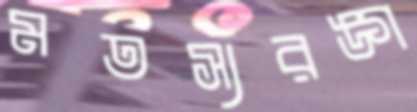
মতস্যরঙ্গ